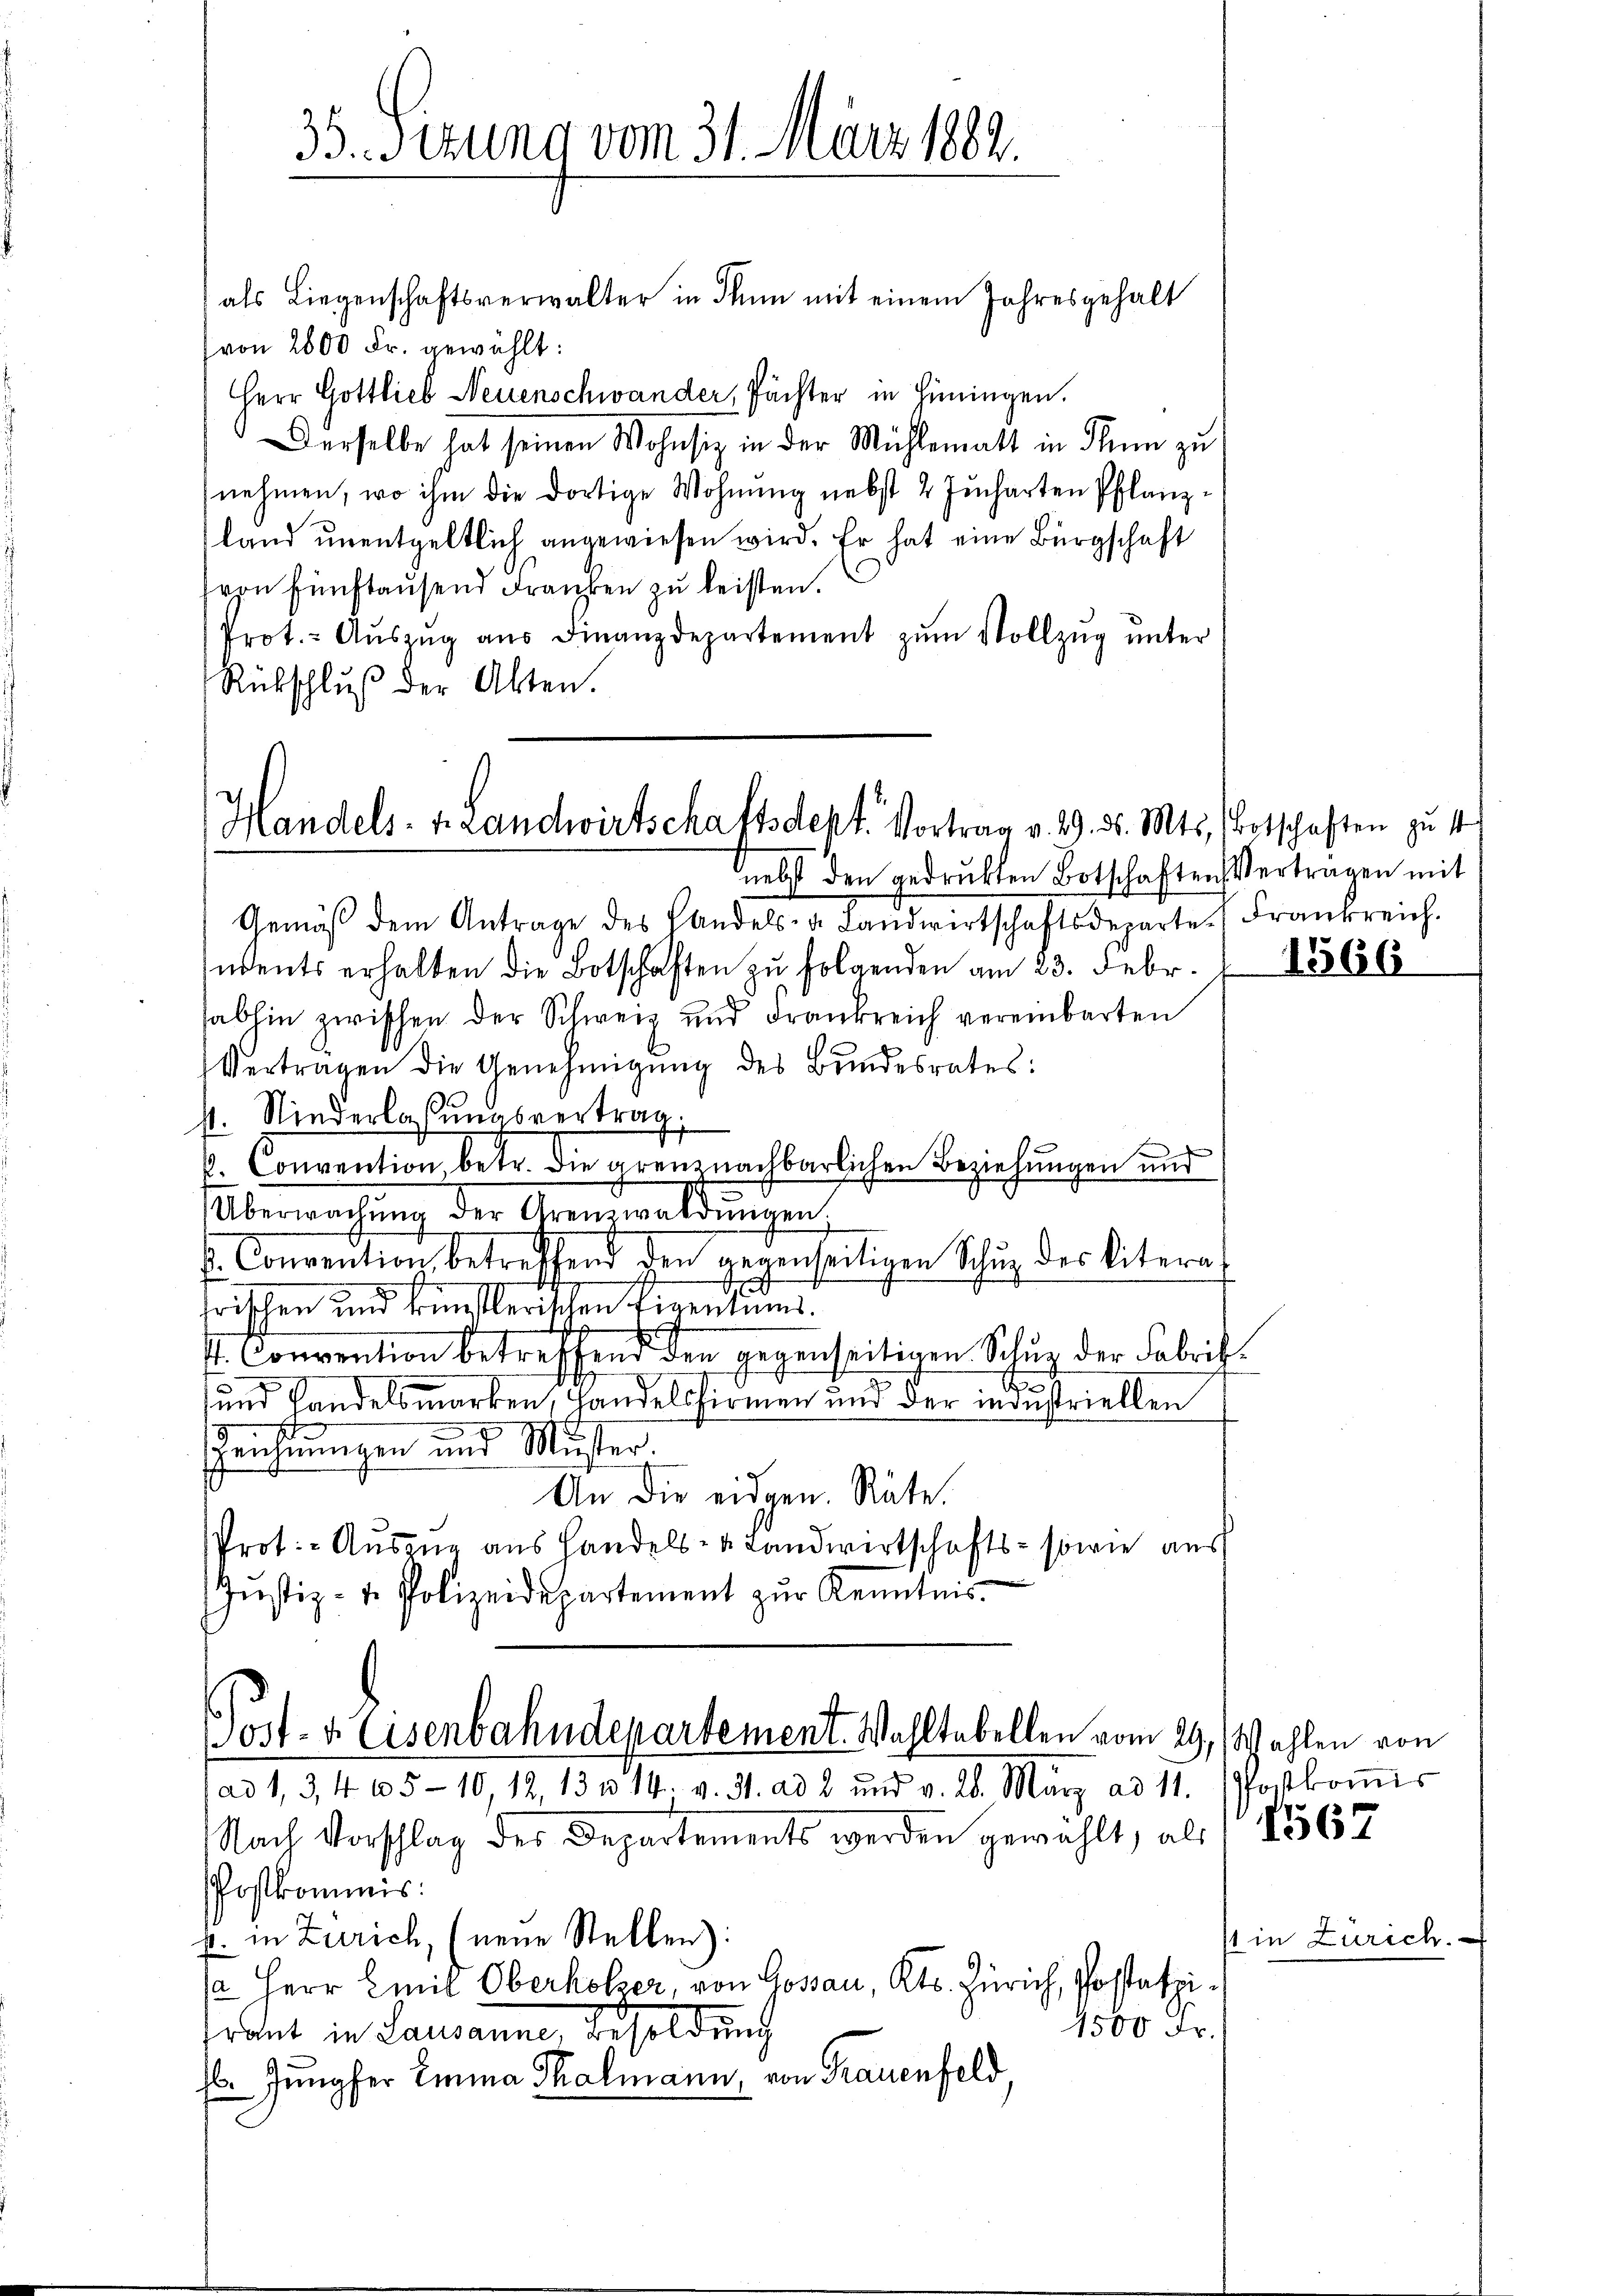
35. Sizung vom 31. März 1882.

als Liegenschaftsverwalter in den mit einem Jahresgehalt
(von 2000 Fr. gewählt:
Herr Gottlieb Neuenschwander, Pächter in Hüningen.
Derselbe hat seinen Wohnsiz in der Mühlematt in Thun zu
nehmen, wo ihm die dortige Wohnung nebst 2 Jucharten Pflanzland ŭnentgeltlich angewiesen wird. Er hat eine Bürgschaft
von fünftausend Franken zu leisten.
Prot. Aŭszŭg aŭs Finanzdepartement zŭm Vollzŭg ŭnter
Rückschlŭβ der Akten.

Gemäβ dem Antrage des Handels- u. Landwirtschaftsdeparte Frankreich.
indents erhalten die Botschaften zŭ folgenden am 23. Febr. 1866
abhin zwischen der Schweiz und Frankreich vereinbarten
Vertragen die Genehmigŭng des Bundesrates:
st. Niederlassungsvertrag,
l. Convention, betr. die grenznachbarlichen Beziehungen und
Überreichung der Arenwaldungen,
. Convention betreffend den gegenseitigen Schŭg des litera
Frischen und Ermeßlerischen Ligentums
s. Convention betreffend den gegenseitigen Schur der Fabrik¬
und Handelsmarken, Handelsfirmen und der industriellen
Zeichnungen und Mister.
An die eidgen. Räte.
Prot. - Auszug aus Handels- u. Landwirtschafts- sowie aus
Justiz- u. Polizeidepartement zur Kenntnis.

Handels- Handwirtschaftsdest. Vortrag v. 29. d. Mts.
nebst den gedrukten Botschaften Vertragen mit

ost- & Eisenbahndepartement. Wahltabellen vom 29. / Wahlen von
ad 1, 34 65-10, 12, 13 n 14. v. 31. ad 2 und v. 28. März ad 11. Postkoṁis

Nach Vorschlag des Departements werden gewählt, als
Postkommnis:
p. in Zürich, (neue Stellen):
/a Herr Emil Oberholzer, von Gosau, Kts. Zürich, Postatzi¬
1500 Fr.
hraut in Lausanne, Besoldung
Es Jungfer Emma Thalmann, von Frauenfeld

Botschaften zu 1

1567

in Zürich.